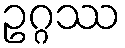
ဥဂ္ဂဿ